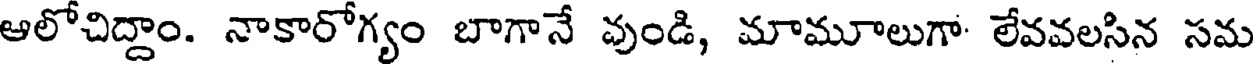
ఆలోచిద్దాం. నాకారోగ్యం బాగానే వుండి, మామూలుగా- లేవవలసిన సమ